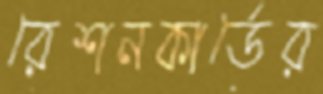
রেশনকার্ডের